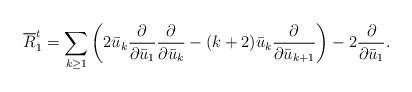
LaTeX: \begin{gather*}\overline{R}_1^t=\sum\limits_{k\ge1}\left(2\bar{u}_k\frac{\partial}{\partial \bar{u}_1}\frac{\partial}{\partial\bar{u}_k}-(k+2)\bar{u}_{k}\frac{\partial}{\partial \bar{u}_{k+1}}\right)-2\frac{\partial}{\partial \bar{u}_1}.\end{gather*}